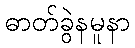
ဓာတ်ခွဲနမူနာ